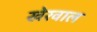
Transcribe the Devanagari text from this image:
खेरवाल